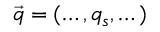
\vec { q } = ( \dots , q _ { s } , \dots )